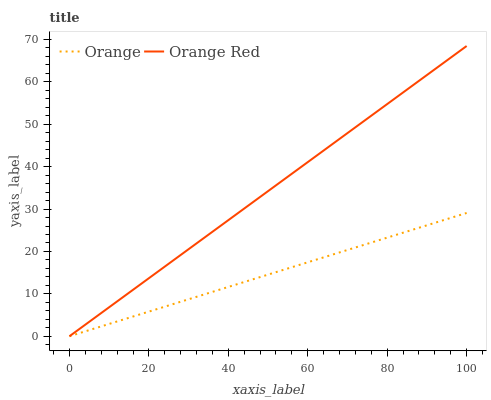
| xaxis_label | Orange | Orange Red |
 | --- | --- | --- |
 | 0 | 0 | 0 |
 | 5.26 | 1.53 | 3.6 |
 | 10.5 | 3.06 | 7.21 |
 | 15.8 | 4.59 | 10.8 |
 | 21.1 | 6.12 | 14.4 |
 | 26.3 | 7.65 | 18 |
 | 31.6 | 9.18 | 21.6 |
 | 36.8 | 10.7 | 25.2 |
 | 42.1 | 12.2 | 28.8 |
 | 47.4 | 13.8 | 32.4 |
 | 52.6 | 15.3 | 36 |
 | 57.9 | 16.8 | 39.6 |
 | 63.2 | 18.4 | 43.2 |
 | 68.4 | 19.9 | 46.8 |
 | 73.7 | 21.4 | 50.4 |
 | 78.9 | 23 | 54 |
 | 84.2 | 24.5 | 57.7 |
 | 89.5 | 26 | 61.3 |
 | 94.7 | 27.5 | 64.9 |
 | 100 | 29.1 | 68.5 |